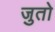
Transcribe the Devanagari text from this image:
जुतो